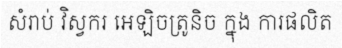
សំរាប់ វិស្វករ អេឡិចត្រូនិច ក្នុង ការផលិត